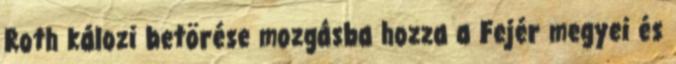
Roth kálozi betörése mozgásba hozza a Fejér megyei és